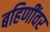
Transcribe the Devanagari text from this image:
बहिणींवर